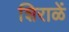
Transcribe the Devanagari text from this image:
शिराळें